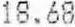
18.68